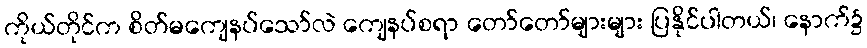
ကိုယ်တိုင်က စိတ်မကျေနပ်သော်လဲ ကျေနပ်စရာ တော်တော်များများ ပြနိုင်ပါတယ်၊ နောက်၌